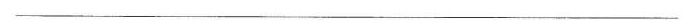
__________________________________________________________